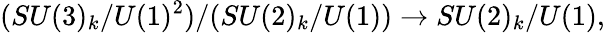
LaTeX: (SU(3)_{k}/U(1)^{2})/(SU(2)_{k}/U(1))\rightarrow SU(2)_{k}/U(1),